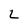
Character: L